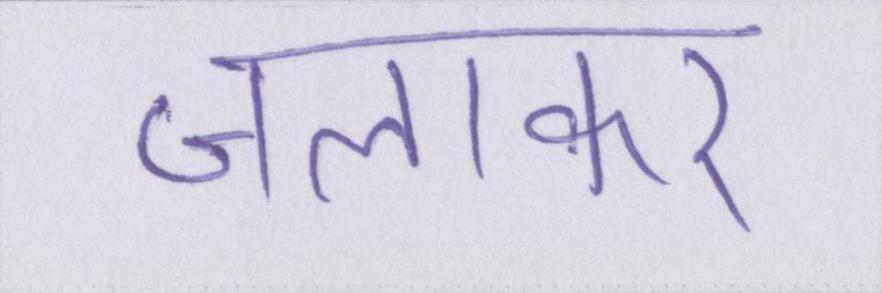
जलाकर